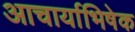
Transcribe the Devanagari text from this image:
आचार्याभिषेक